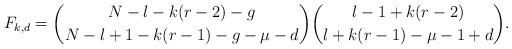
LaTeX: \begin{align*}F_{k,d}={N-l-k(r-2)-g\choose N-l+1-k(r-1)-g-\mu-d} {l-1+k(r-2)\choose l+k(r-1)-\mu-1+d}.\end{align*}